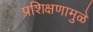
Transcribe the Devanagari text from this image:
प्रशिक्षणामुळे